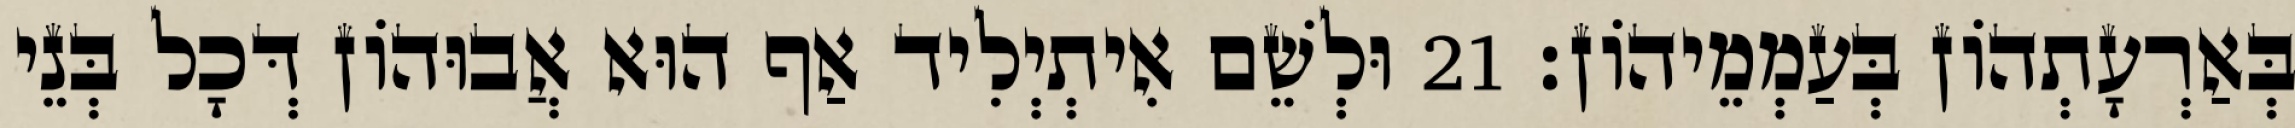
בְּאַרְעָתְהוֹן בְּעַמְמֵיהוֹן׃ 21 וּלְשֵׁם אִיתְיְלִיד אַף הוּא אֲבוּהוֹן דְּכָל בְּנֵי